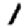
Digit: 1